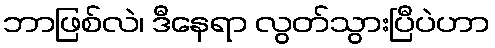
ဘာဖြစ်လဲ၊ ဒီနေရာ လွတ်သွားပြီပဲဟာ